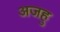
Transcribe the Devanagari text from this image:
अजहु